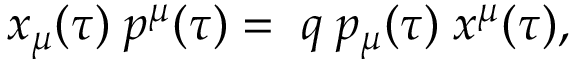
x _ { \mu } ( \tau ) \; p ^ { \mu } ( \tau ) = \; q \; p _ { \mu } ( \tau ) \; x ^ { \mu } ( \tau ) ,